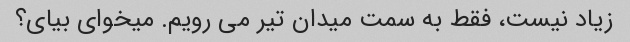
زیاد نیست، فقط به سمت میدان تیر می رویم. میخوای بیای؟